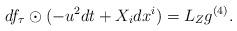
LaTeX: \begin{align*}df_{\tau}\odot (-u^2dt+X_idx^i)= L_Zg^{(4)}.\end{align*}